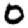
Digit: 0